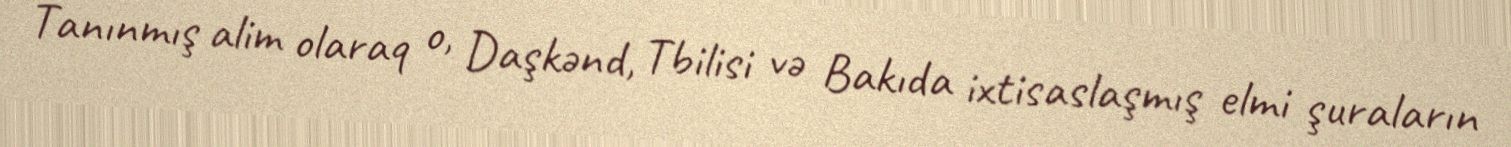
Tanınmış alim olaraq o, Daşkənd, Tbilisi və Bakıda ixtisaslaşmış elmi şuraların